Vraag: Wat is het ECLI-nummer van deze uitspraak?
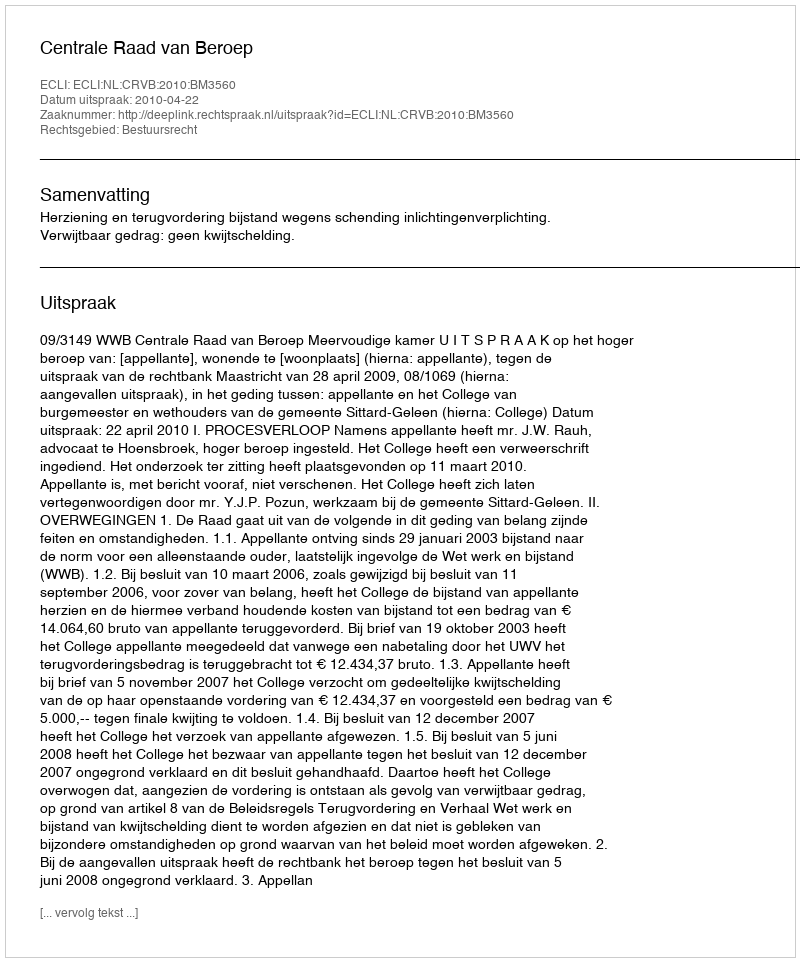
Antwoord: ECLI:NL:CRVB:2010:BM3560